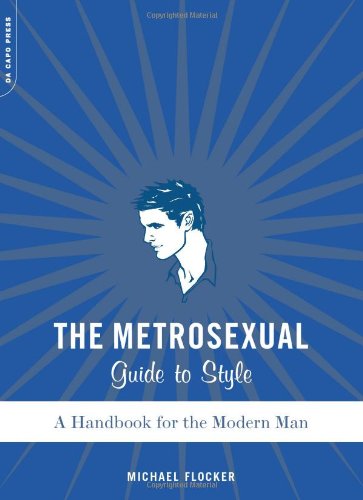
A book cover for The Metrosexual Guide To Style: A Handbook For The Modern Man; Michael Flocker; Health, Fitness & Dieting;